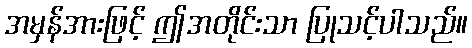
အမှန်အားဖြင့် ဤအတိုင်းသာ ပြုသင့်ပါသည်။